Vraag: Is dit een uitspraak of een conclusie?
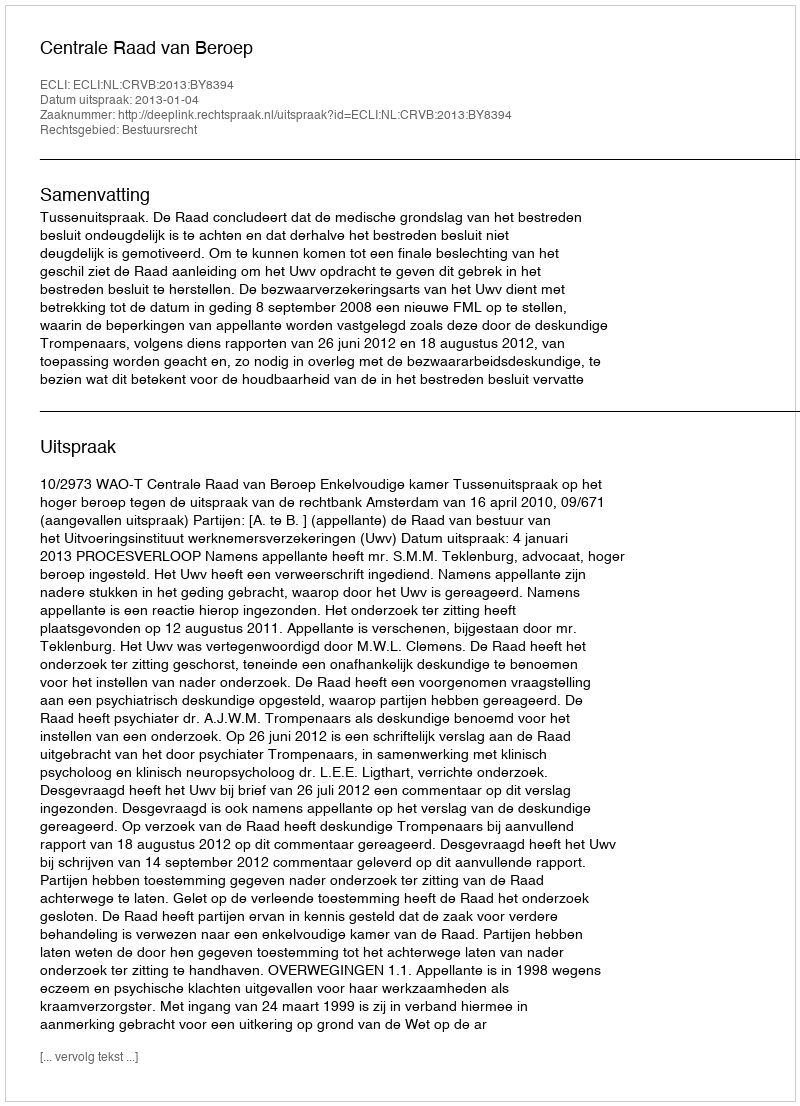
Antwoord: Uitspraak